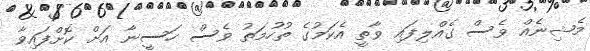
މެޝިނެއް ވެސް ގެއްލިފައި ވާތީ އެކަމުގެ ތުހުމަތު ވެސް ހަސީނާ އަށް ކޮށްފައިވާ